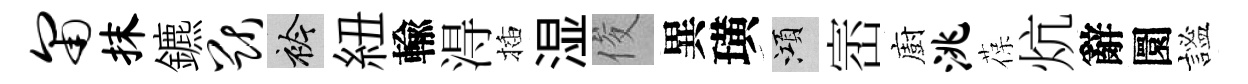
匍抹鑣猷衿紐輸淂插湿俊異璜澒崈廚洮葆炕辭圜謐